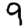
Digit: 9